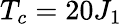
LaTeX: T_{c}=20J_{1}